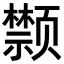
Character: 𩖗